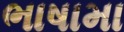
ભાષામા